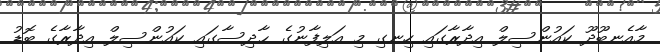
މާއެނބޫދޫ ކައުންސިލް އިދާރާގައި ހިނގި މި އަލިފާނުގެ ޙާދިސާގައި ކައުންސިލް އިދާރާގެ ބޮޑު